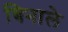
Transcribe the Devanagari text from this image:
बिनाले